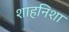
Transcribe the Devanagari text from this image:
शाहनिशा